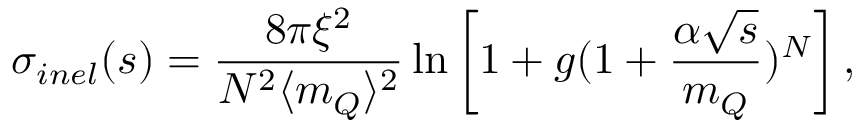
\sigma _ { i n e l } ( s ) = \frac { 8 \pi \xi ^ { 2 } } { N ^ { 2 } \langle m _ { Q } \rangle ^ { 2 } } \ln \left[ 1 + { g } ( 1 + \frac { \alpha \sqrt { s } } { m _ { Q } } ) ^ { N } \right] ,